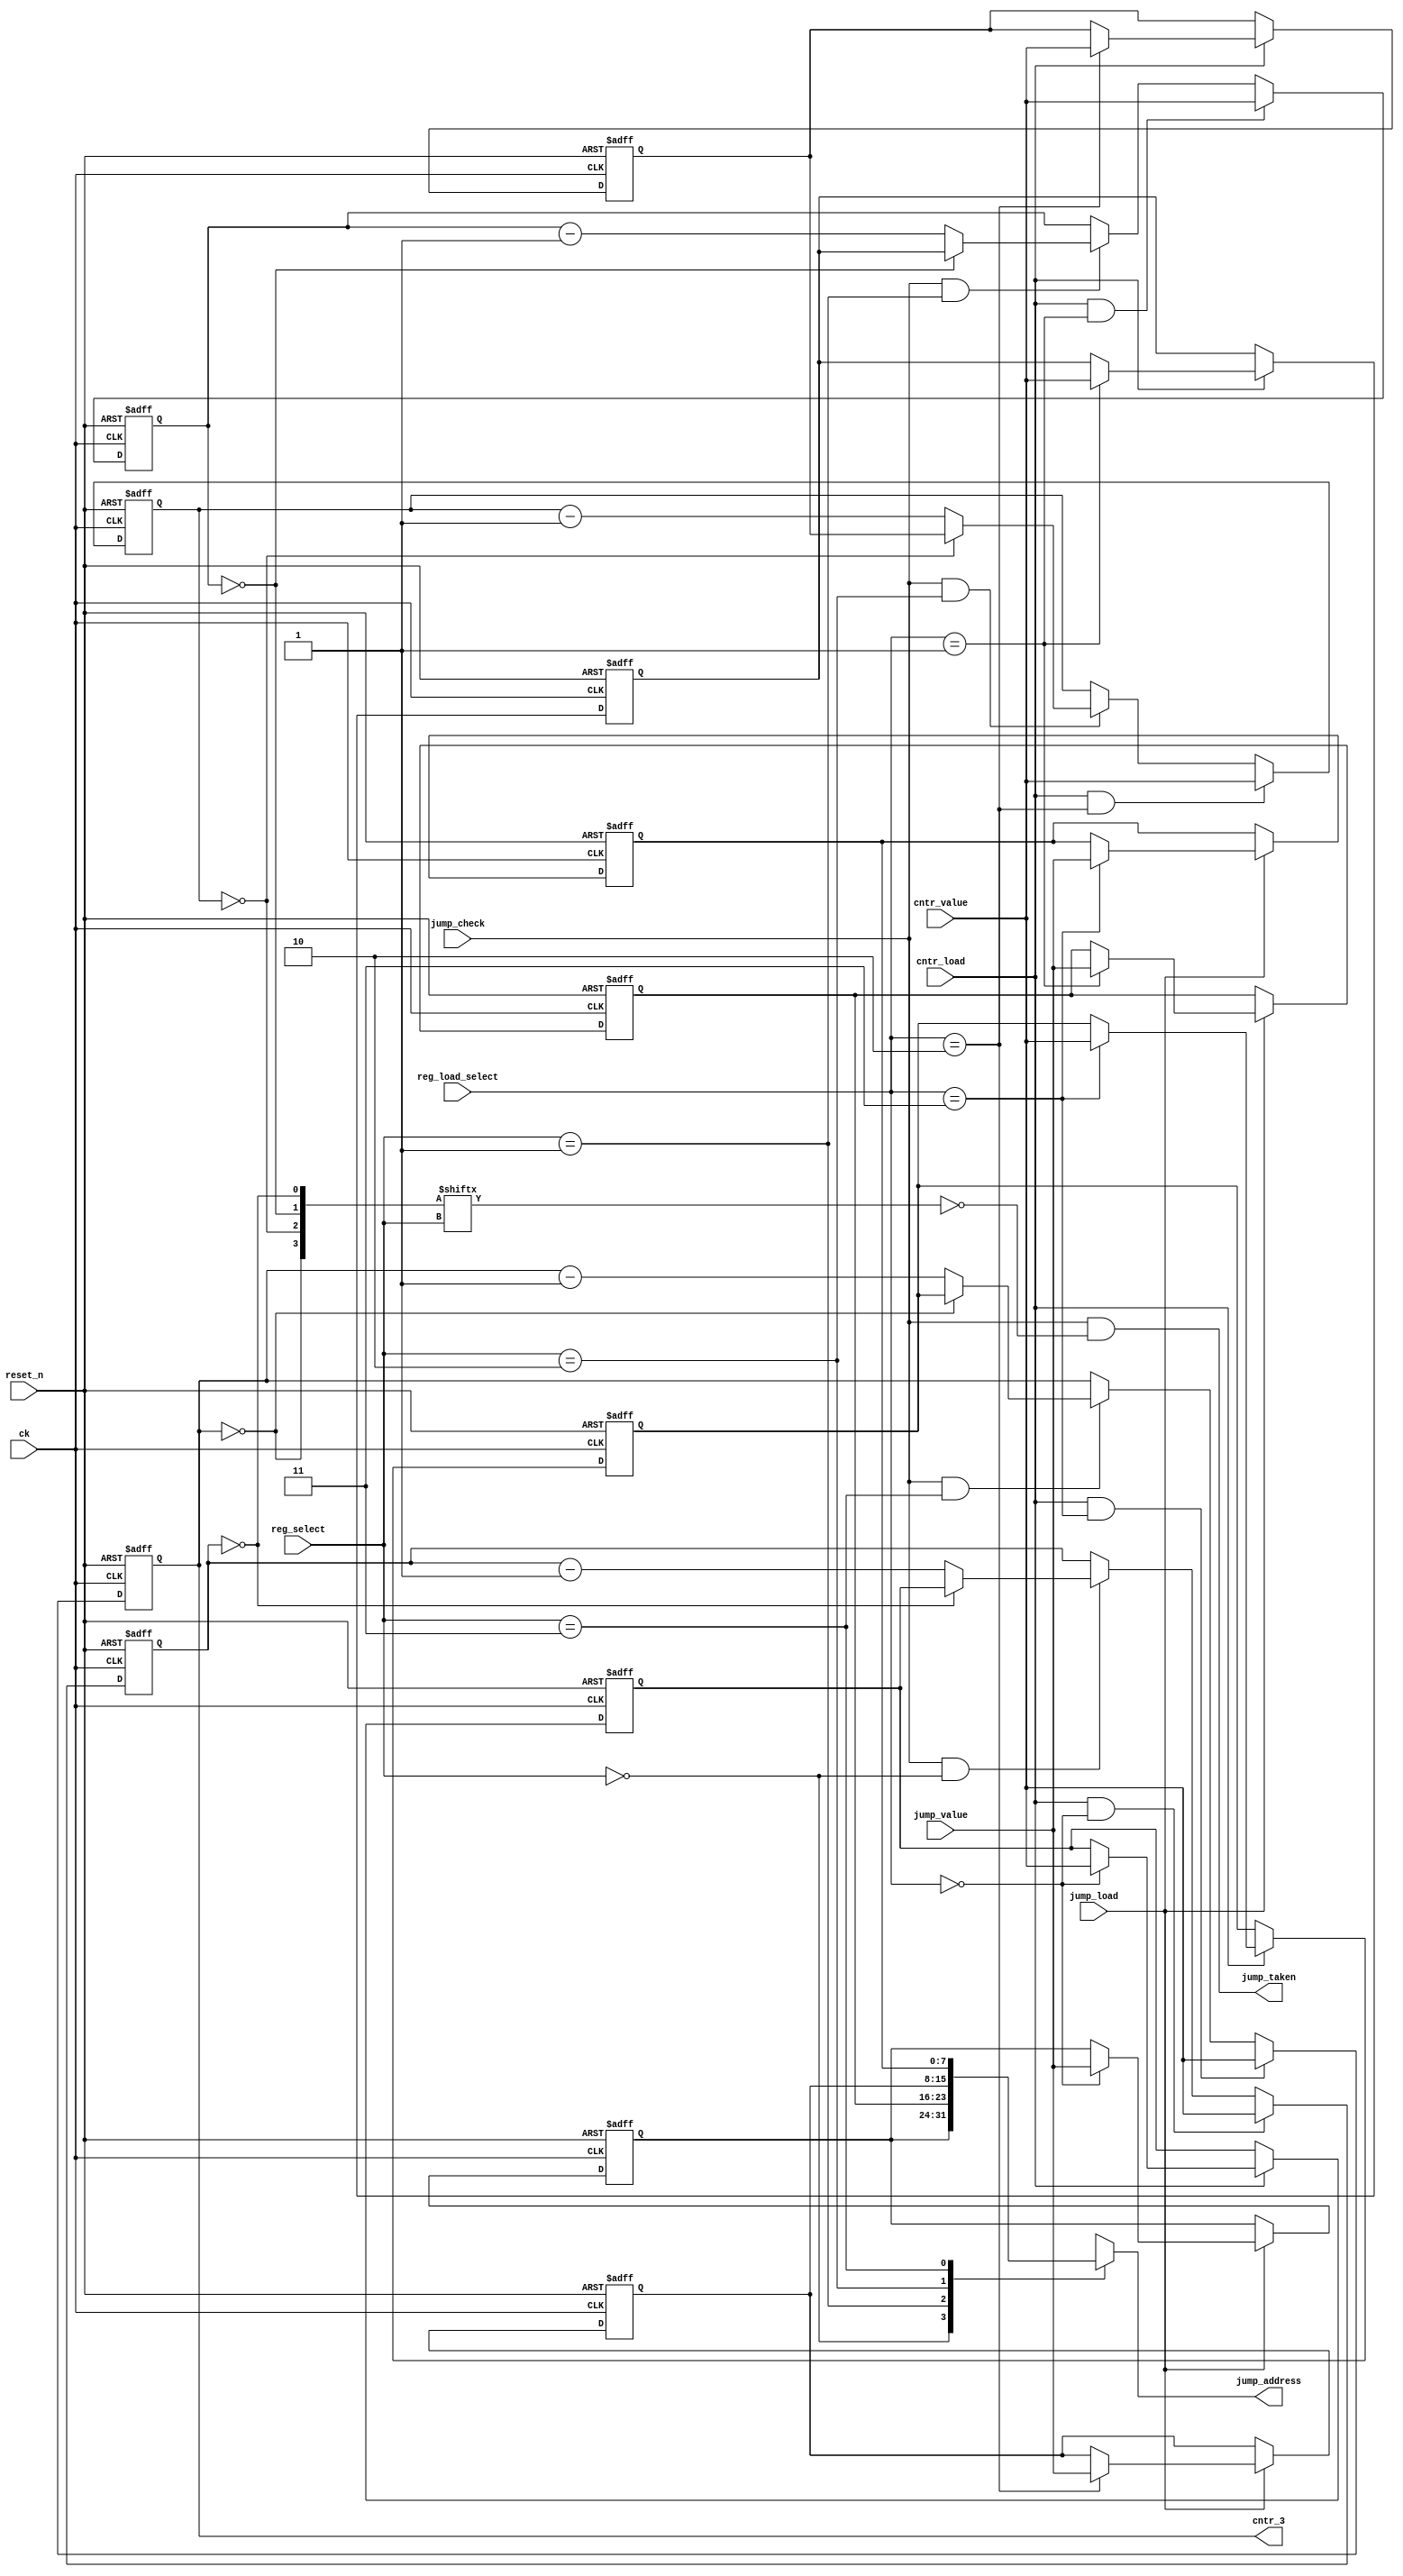
module rw_manager_jumplogic(
	ck,
	reset_n,
	cntr_value,
	cntr_load,
	reg_select,
	reg_load_select,
	jump_value,
	jump_load,
	jump_check,
	jump_taken,
	jump_address,
	cntr_3
);

	parameter DATA_WIDTH = 8;

	input ck;
	input reset_n;
	input [DATA_WIDTH-1:0] cntr_value;
	input cntr_load;
	input [1:0] reg_select;
	input [1:0] reg_load_select;
	input [DATA_WIDTH-1:0] jump_value;
	input jump_load;
	input jump_check;
	output jump_taken;
	output [DATA_WIDTH-1:0] jump_address;
	output [DATA_WIDTH-1:0] cntr_3;

	reg [7:0] cntr [0:3];
	reg [7:0] cntr_shadow [0:3];
	reg [7:0] jump_pointers [0:3];

	wire [3:0] comparisons;

	assign jump_address = jump_pointers[reg_select];

	assign jump_taken = (jump_check & ~comparisons[reg_select]);

	assign cntr_3 = cntr[3];

	genvar c;
	generate
		for(c = 0; c < 4; c = c + 1) 
		begin : jumpcounter

			assign comparisons[c] = (cntr[c] == 8'b00000000);
		
			always @(posedge ck or negedge reset_n) begin
				if(~reset_n) begin
					cntr[c] <= {DATA_WIDTH{1'b0}};
				end
				else if (cntr_load && reg_load_select == c) begin
					cntr[c] <= cntr_value;
				end
				else if (jump_check && reg_select == c) begin
					cntr[c] <= (comparisons[c]) ? cntr_shadow[c] : cntr[c] - 1'b1;
				end
			end
		end
	endgenerate

	always @(posedge ck or negedge reset_n) begin
		if(~reset_n) begin
			jump_pointers[0] <= {DATA_WIDTH{1'b0}};
			jump_pointers[1] <= {DATA_WIDTH{1'b0}};
			jump_pointers[2] <= {DATA_WIDTH{1'b0}};
			jump_pointers[3] <= {DATA_WIDTH{1'b0}};

			cntr_shadow[0] <= {DATA_WIDTH{1'b0}};
			cntr_shadow[1] <= {DATA_WIDTH{1'b0}};
			cntr_shadow[2] <= {DATA_WIDTH{1'b0}};
			cntr_shadow[3] <= {DATA_WIDTH{1'b0}};
		end
		else begin
			if(jump_load) begin
				jump_pointers[0] <= (reg_load_select == 2'b00)? jump_value : jump_pointers[0];
				jump_pointers[1] <= (reg_load_select == 2'b01)? jump_value : jump_pointers[1];
				jump_pointers[2] <= (reg_load_select == 2'b10)? jump_value : jump_pointers[2];
				jump_pointers[3] <= (reg_load_select == 2'b11)? jump_value : jump_pointers[3];
			end

			if(cntr_load) begin
				cntr_shadow[0] <= (reg_load_select == 2'b00)? cntr_value : cntr_shadow[0];
				cntr_shadow[1] <= (reg_load_select == 2'b01)? cntr_value : cntr_shadow[1];
				cntr_shadow[2] <= (reg_load_select == 2'b10)? cntr_value : cntr_shadow[2];
				cntr_shadow[3] <= (reg_load_select == 2'b11)? cntr_value : cntr_shadow[3];
			end
		end
	end

endmodule